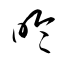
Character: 昤